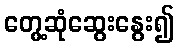
တွေ့ဆုံဆွေးနွေး၍